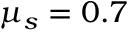
\mu _ { s } = 0 . 7